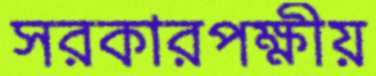
সরকারপক্ষীয়